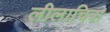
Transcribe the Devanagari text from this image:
लीलाचित्रा